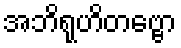
အဘိရုဟိတဗ္ဗော